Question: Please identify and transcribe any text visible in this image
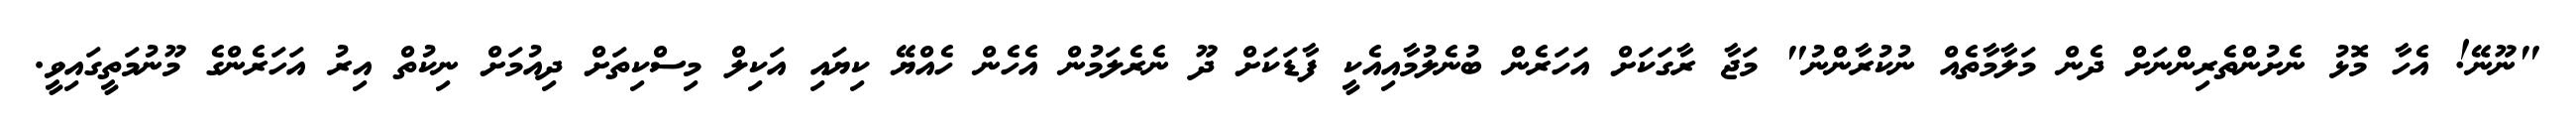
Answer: "ނޫނޭ! އެހާ މޮޅު ނެށުންތެރިންނަށް ދެން މަލާމާތެއް ނުކުރާންނު" މަޖާ ރާގަކަށް އަހަރެން ބުނެލުމާއިއެކީ ފާޑަކަށް ދޫ ނެރެލަމުން އެހެން ހެއްޔޭ ކިޔައި އަކިލް މިސްކިތަށް ދިއުމަށް ނިކުތް އިރު އަހަރެންގެ މޫނުމަތީގައިވީ.